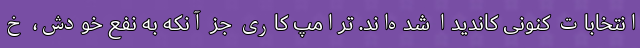
انتخابات کنونی کاندیدا شده‌اند. ترامپ کاری جز آنکه به نفع خودش، خ